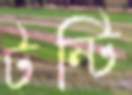
টন্টি